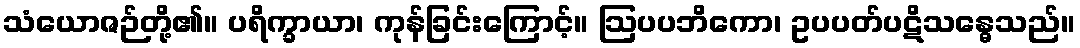
သံယောဇဉ်တို့၏။ ပရိက္ခာယာ၊ ကုန်ခြင်းကြောင့်။ ဩပပဘိကော၊ ဥပပတ်ပဋိသန္ဓေသည်။